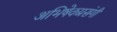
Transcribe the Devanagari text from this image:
अभिषेकप्रसंगी